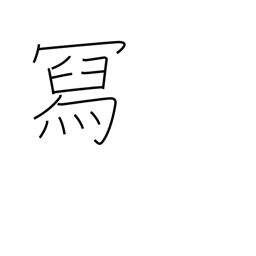
Meaning: compose